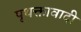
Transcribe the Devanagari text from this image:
पृथक्तावादी